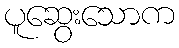
ပူဆွေးသောက